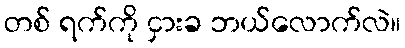
တစ် ရက်ကို ငှားခ ဘယ်လောက်လဲ။